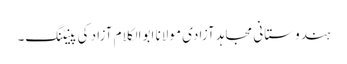
ہندوستانی مجاہد آزادی مولانا ابوالکلام آزاد کی پینٹنگ۔